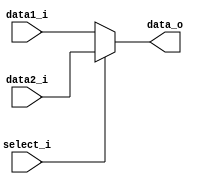
module MUX7(
    data1_i,
    data2_i,
    select_i,
    data_o
);

input [6:0] data1_i, data2_i;
input select_i;
output[6:0] data_o;

assign data_o = select_i ? data2_i : data1_i ;

endmodule